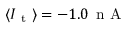
\langle I _ { \mathrm { ~ t ~ } } \rangle = - 1 . 0 \, \mathrm { ~ n ~ A ~ }